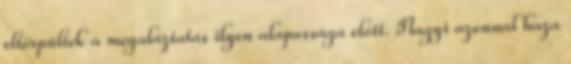
eltörpültek a megaláztatás ilyen alapossága előtt. Nagyi azonnal haza